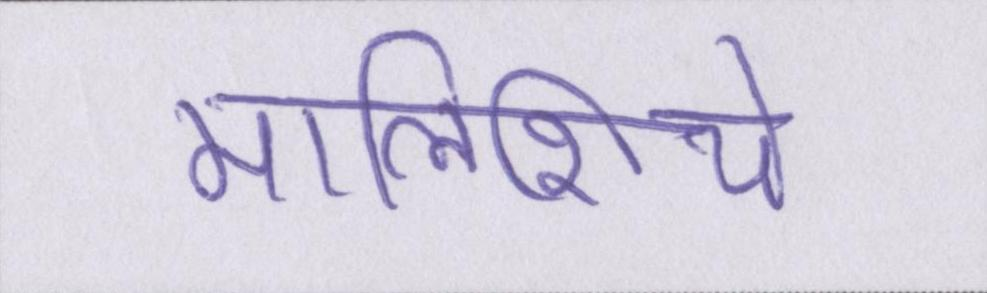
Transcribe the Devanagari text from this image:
मालिशिये